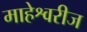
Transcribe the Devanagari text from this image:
माहेश्वरीज